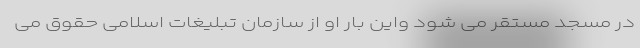
در مسجد مستقر می شود واین بار او از سازمان تبلیغات اسلامی حقوق می